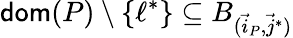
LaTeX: \mathsf{dom}(P)\setminus\{ \ell^{*}\} \subseteq B_{(\vec{i}_{P},\vec{j}^{*})}